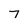
Character: T